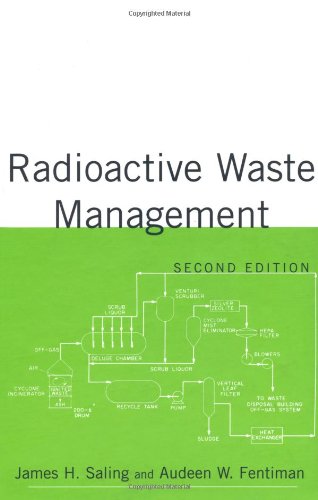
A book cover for Radioactive Waste Management, Second Edition; James Saling; Science & Math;